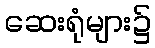
ဆေးရုံများ၌